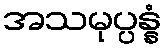
အသမုပ္ပန္နံ